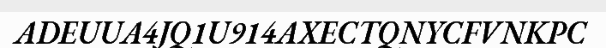
ADEUUA4JQ1U914AXECTQNYCFVNKPC